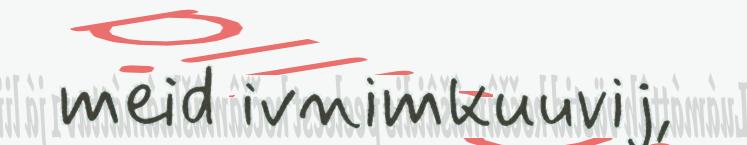
meid ivnimkuuvij,